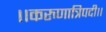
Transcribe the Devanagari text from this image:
।।करुणात्रिपदी।।